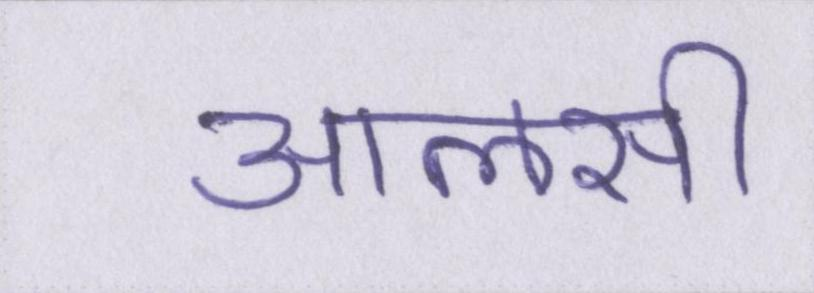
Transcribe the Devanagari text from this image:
आलसी